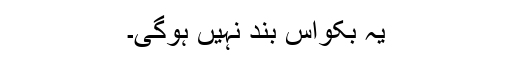
یہ بکواس بند نہیں ہوگی۔